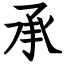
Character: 承